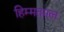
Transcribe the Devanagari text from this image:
हिम्मतमल